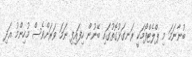
ބުނާނަމަ މި ޕްލެޓްފޯމަކީ ރަނގަޅުގޮތުގައި ބޭނުން ހިފައިފި ނަމަ ވަރަށްވެސް މުހިންމު އަދި